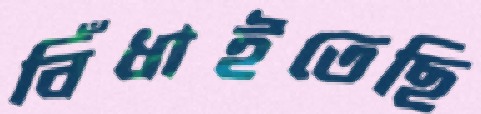
বিঁধাইতেছি